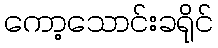
ကော့သောင်းခရိုင်